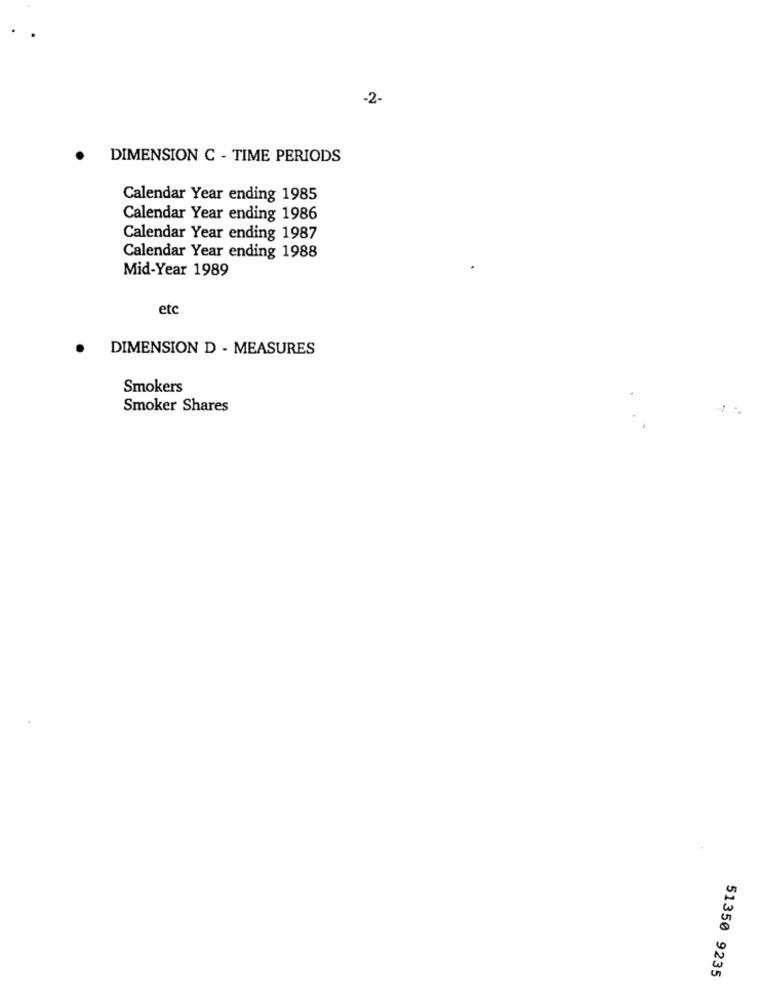
-2-
DIMENSION C - TIME PERIODS
Calendar Year ending 1985
Calendar Year ending 1986
Calendar Year ending 1987
Calendar Year ending 1988
Mid-Year 1989
etc
.
DIMENSION D - MEASURES
Smokers
Smoker Shares
51350 9235